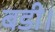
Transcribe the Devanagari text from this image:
बडी।